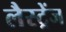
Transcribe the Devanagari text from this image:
लैस्ट्रेंज